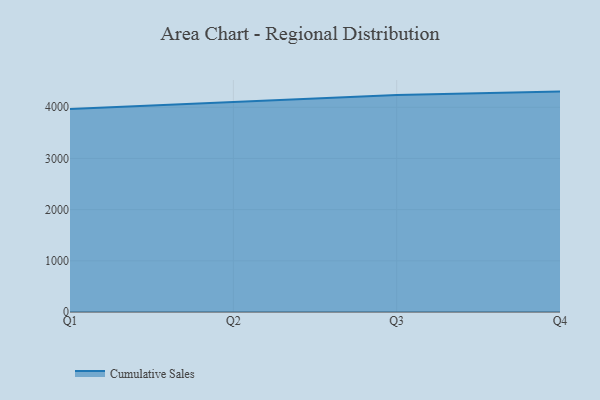
{"axis": {"x": "Quarter", "y": "Tickets Resolved"}, "legend": ["Cumulative Sales"], "data": [{"x": "Q1", "y": 3964.3, "type": "Cumulative Sales"}, {"x": "Q2", "y": 4102.7, "type": "Cumulative Sales"}, {"x": "Q3", "y": 4239.7, "type": "Cumulative Sales"}, {"x": "Q4", "y": 4306.0, "type": "Cumulative Sales"}]}